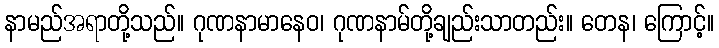
နာမည်အရာတို့သည်။ ဂုဏနာမာနေဝ၊ ဂုဏနာမ်တို့ချည်းသာတည်း။ တေန၊ ကြောင့်။